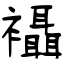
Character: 襵